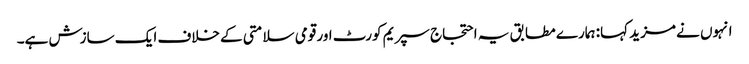
انہوں نے مزید کہا: ہمارے مطابق یہ احتجاج سپریم کورٹ اور قومی سلامتی کے خلاف ایک سازش ہے۔